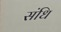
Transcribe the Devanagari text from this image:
संधि